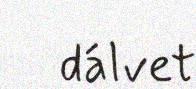
dálvet